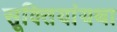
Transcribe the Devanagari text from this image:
सूक्तियांयथा